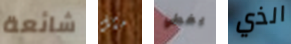
شائعة مثل يغطي الذي